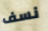
نسف